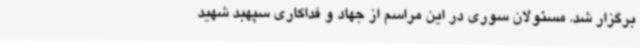
برگزار شد. مسئولان سوری در این مراسم از جهاد و فداکاری سپهبد شهید